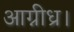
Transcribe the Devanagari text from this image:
आग्नीध्र।